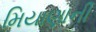
મિયાણાની